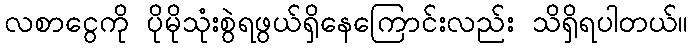
လစာငွေကို ပိုမိုသုံးစွဲရဖွယ်ရှိနေကြောင်းလည်း သိရှိရပါတယ်။